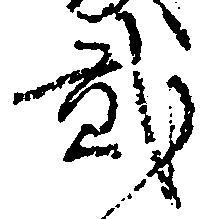
弐